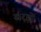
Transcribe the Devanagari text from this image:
खरड़ों